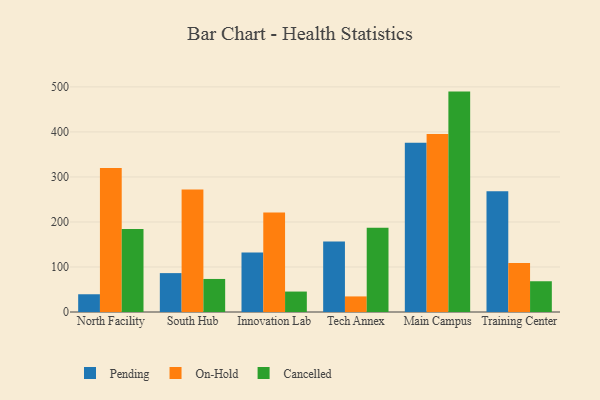
{"axis": {"x": "Campus", "y": "Budget (USD K)"}, "legend": ["Cancelled", "On-Hold", "Pending"], "data": [{"x": "North Facility", "y": 39.4, "type": "Pending"}, {"x": "North Facility", "y": 320.0, "type": "On-Hold"}, {"x": "North Facility", "y": 184.1, "type": "Cancelled"}, {"x": "South Hub", "y": 86.4, "type": "Pending"}, {"x": "South Hub", "y": 272.2, "type": "On-Hold"}, {"x": "South Hub", "y": 73.4, "type": "Cancelled"}, {"x": "Innovation Lab", "y": 132.2, "type": "Pending"}, {"x": "Innovation Lab", "y": 221.2, "type": "On-Hold"}, {"x": "Innovation Lab", "y": 45.4, "type": "Cancelled"}, {"x": "Tech Annex", "y": 156.8, "type": "Pending"}, {"x": "Tech Annex", "y": 34.6, "type": "On-Hold"}, {"x": "Tech Annex", "y": 187.3, "type": "Cancelled"}, {"x": "Main Campus", "y": 376.0, "type": "Pending"}, {"x": "Main Campus", "y": 395.2, "type": "On-Hold"}, {"x": "Main Campus", "y": 489.6, "type": "Cancelled"}, {"x": "Training Center", "y": 268.3, "type": "Pending"}, {"x": "Training Center", "y": 109.0, "type": "On-Hold"}, {"x": "Training Center", "y": 68.3, "type": "Cancelled"}]}